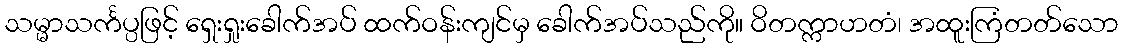
သမ္မာသင်္ကပ္ပဖြင့် ရှေးရှုးခေါက်အပ် ထက်ဝန်းကျင်မှ ခေါက်အပ်သည်ကို။ ဝိတက္ကာဟတံ၊ အထူးကြံတတ်သော